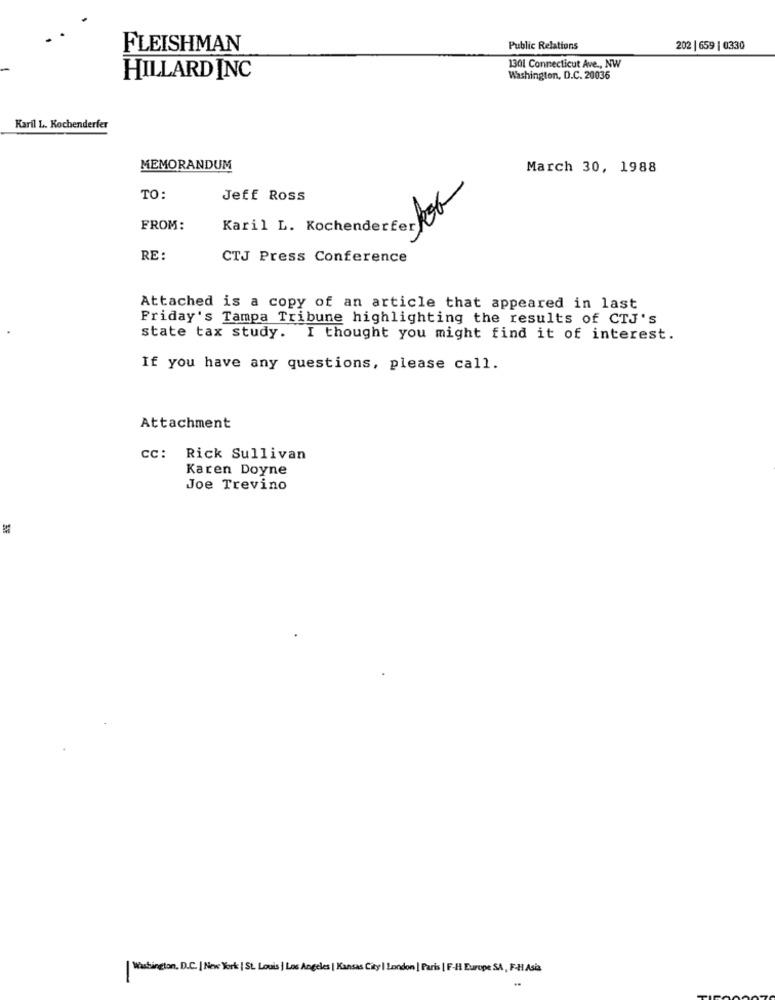
FLEISHMAN
Public Relations
202 | 659 | 0330
1301 Connecticut Ave ., NW
HILLARD INC
Washington, D.C. 20036
Karil L. Kochenderfer
MEMORANDUM
March 30, 1988
TO:
Jeff Ross
Karil L. KochenderterRob
FROM:
RE:
CTJ Press Conference
Attached is a copy of an article that appeared in last
Friday's Tampa Tribune highlighting the results of CTJ's
state tax study. I thought you might find it of interest.
If you have any questions, please call.
Attachment
CC: Rick Sullivan
Karen Doyne
Joe Trevino
| Washington, D.C. | New York| St. Louis | Los Angeles | Kansas City | London | Paris | F-H Europe SA, F- Asia